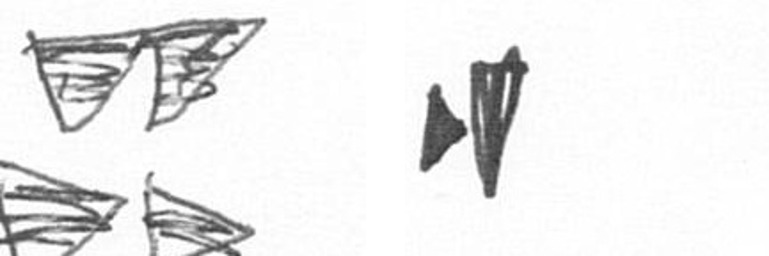
B M